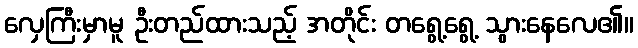
လှေကြီးမှာမူ ဦးတည်ထားသည့် အတိုင်း တရွေ့ရွေ့ သွားနေလေ၏။